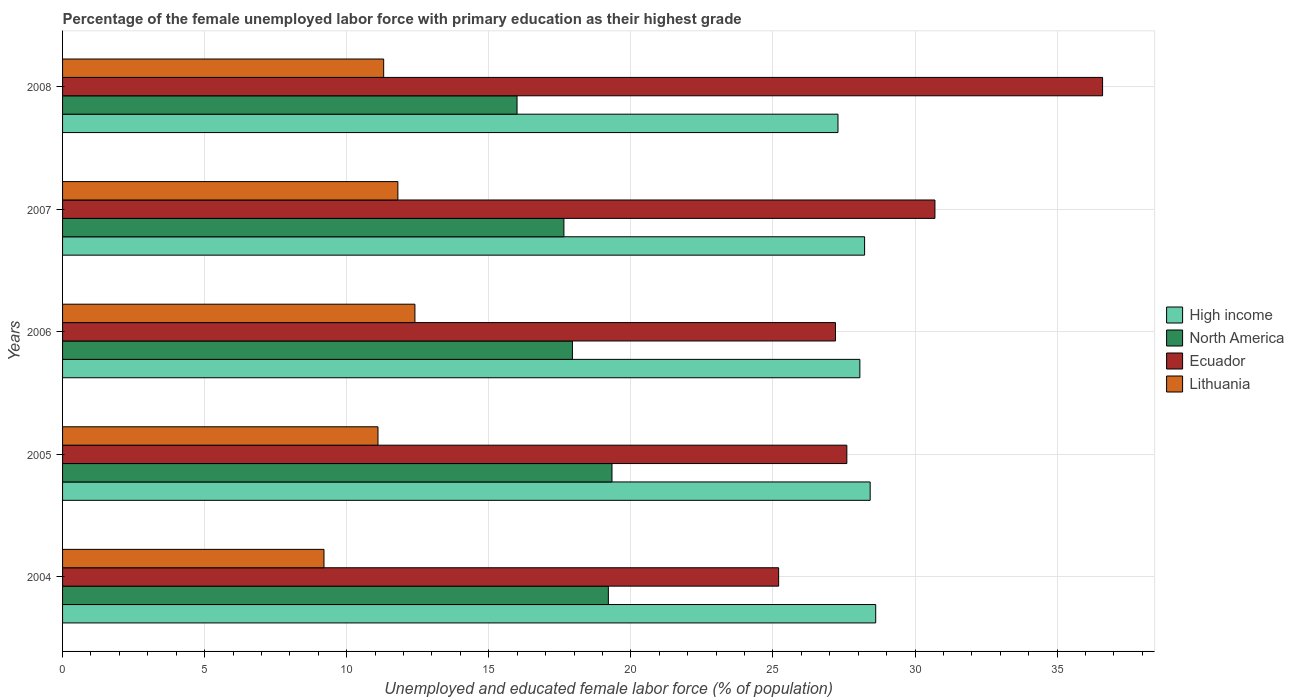
| Years | High income | North America | Ecuador | Lithuania |
 | --- | --- | --- | --- | --- |
 | 2004 | 28.6 | 19.2 | 25.2 | 9.2 |
 | 2005 | 28.4 | 19.3 | 27.6 | 11.1 |
 | 2006 | 28.1 | 17.9 | 27.2 | 12.4 |
 | 2007 | 28.2 | 17.6 | 30.7 | 11.8 |
 | 2008 | 27.3 | 16 | 36.6 | 11.3 |